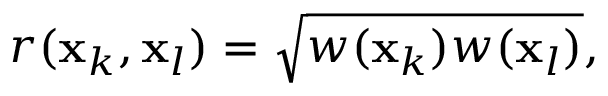
r ( \mathbf { x } _ { k } , \mathbf { x } _ { l } ) = \sqrt { w ( \mathbf { x } _ { k } ) w ( \mathbf { x } _ { l } ) } ,